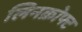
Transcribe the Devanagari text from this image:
लिनक्रोफ्ट